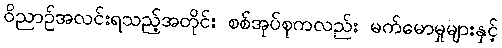
ဝိညာဉ်အလင်းရသည့်အတိုင်း စစ်အုပ်စုကလည်း မက်မောမှုများနှင့်